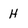
Character: H